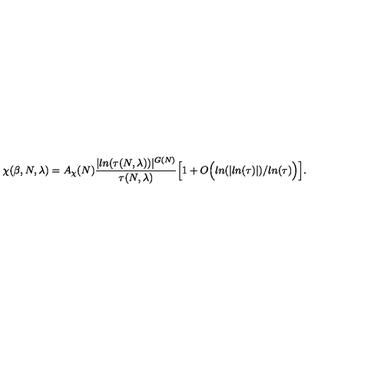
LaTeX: \chi ( \beta , N , \lambda ) = A _ { \chi } ( N ) \frac { \vert l n ( \tau ( N , \lambda ) ) \vert ^ { G ( N ) } } { \tau ( N , \lambda ) } \Big [ 1 + O \Big ( l n ( \vert l n ( \tau ) \vert ) / l n ( \tau ) \Big ) \Big ] .